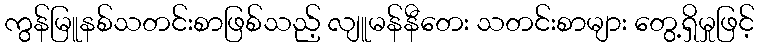
ကွန်မြူနစ်သတင်းစာဖြစ်သည့် လျူမန်နီတေး သတင်းစာများ တွေ့ရှိမှုဖြင့်